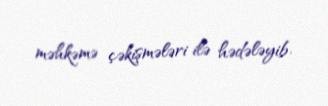
məhkəmə çəkişmələri ilə hədələyib.